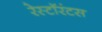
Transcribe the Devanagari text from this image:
रेस्टॉरंटस